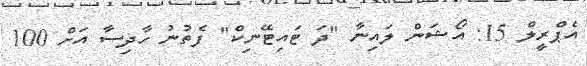
އެޕްރީލް 15: އޯޝަން ލައިނާ "ދަ ޓައިޓޭނިކް" ފެތުނު ހާދިސާ އަށް 100